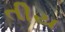
તીય